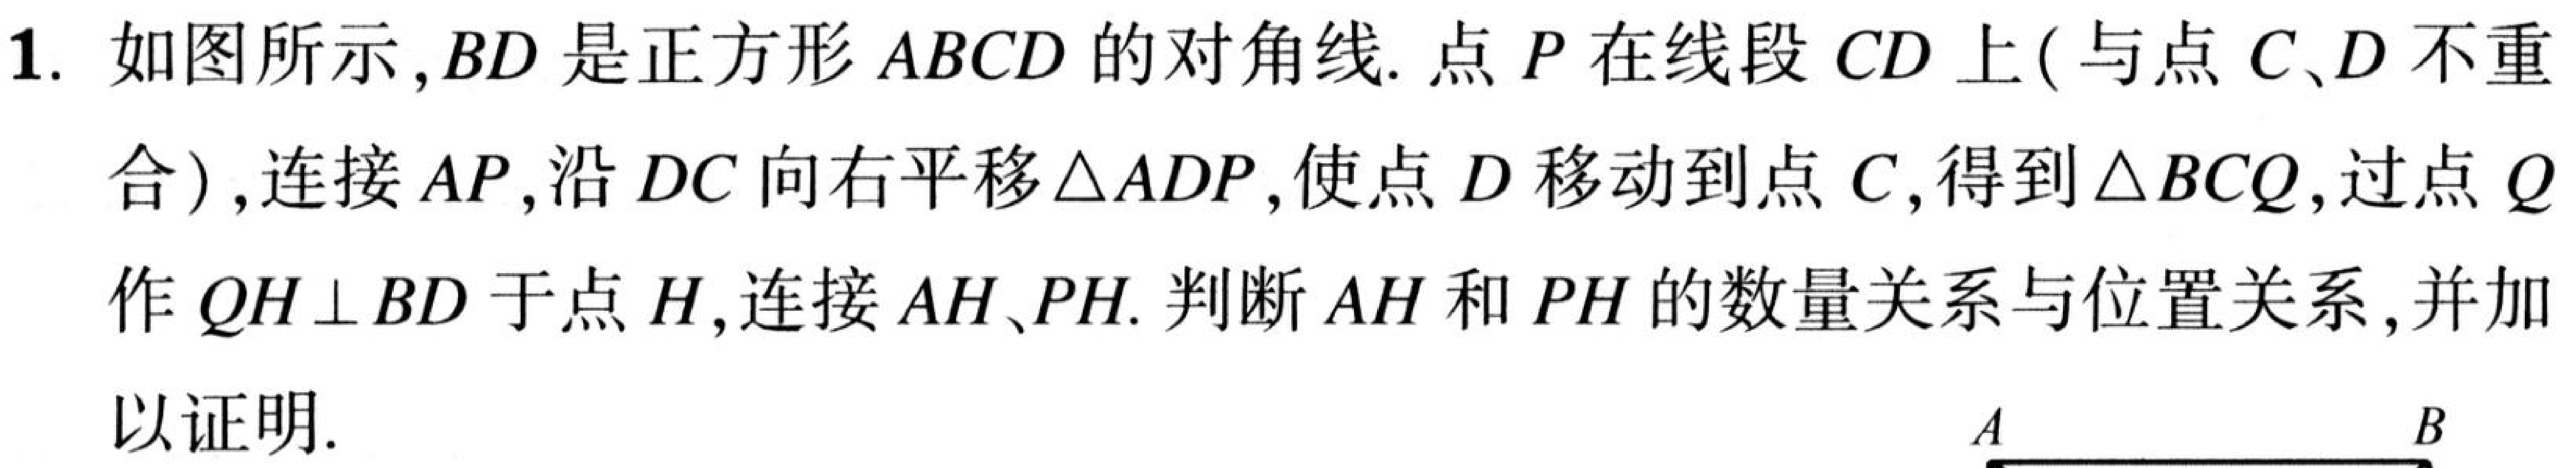
1. 如图所示,\(BD\)是正方形\(ABCD\)的对角线. 点\(P\)在线段\(CD\)上( 与点\(C、D\)不重
合 ),连接\(AP\),沿\(DC\)向右平移\(\triangle ADP\),使点\(D\)移动到点\(C\),得到\(\triangle BCQ\),过点\(Q\)
作\(QH\perp BD\)于点\(H\),连接\(AH、PH\). 判断\(AH\)和\(PH\)的数量关系与位置关系,并加
以证明.